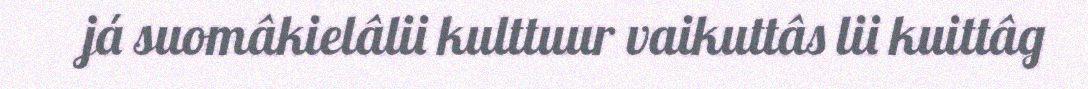
já suomâkielâlii kulttuur vaikuttâs lii kuittâg